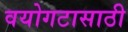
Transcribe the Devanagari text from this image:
वयोगटासाठी